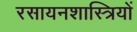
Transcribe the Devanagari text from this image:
रसायनशास्त्रियों